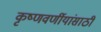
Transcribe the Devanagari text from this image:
कृष्णवर्णीयांसाठी